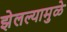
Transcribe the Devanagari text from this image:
झेलल्यामुळे